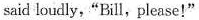
said loudly,"Bill,please!"